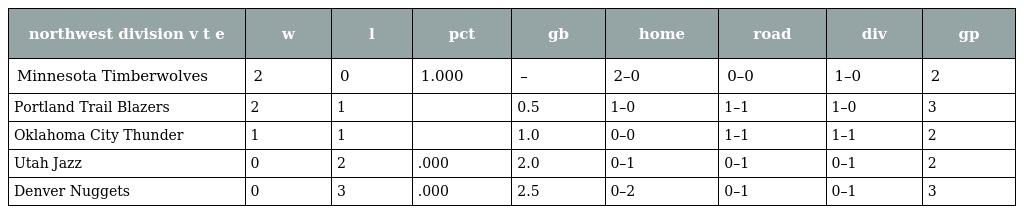
| northwest division v t e | w | l | pct | gb | home | road | div | gp |
 | --- | --- | --- | --- | --- | --- | --- | --- | --- |
 | Minnesota Timberwolves | 2 | 0 | 1.000 | – | 2–0 | 0–0 | 1–0 | 2 |
 | Portland Trail Blazers | 2 | 1 |  | 0.5 | 1–0 | 1–1 | 1–0 | 3 |
 | Oklahoma City Thunder | 1 | 1 |  | 1.0 | 0–0 | 1–1 | 1–1 | 2 |
 | Utah Jazz | 0 | 2 | .000 | 2.0 | 0–1 | 0–1 | 0–1 | 2 |
 | Denver Nuggets | 0 | 3 | .000 | 2.5 | 0–2 | 0–1 | 0–1 | 3 |